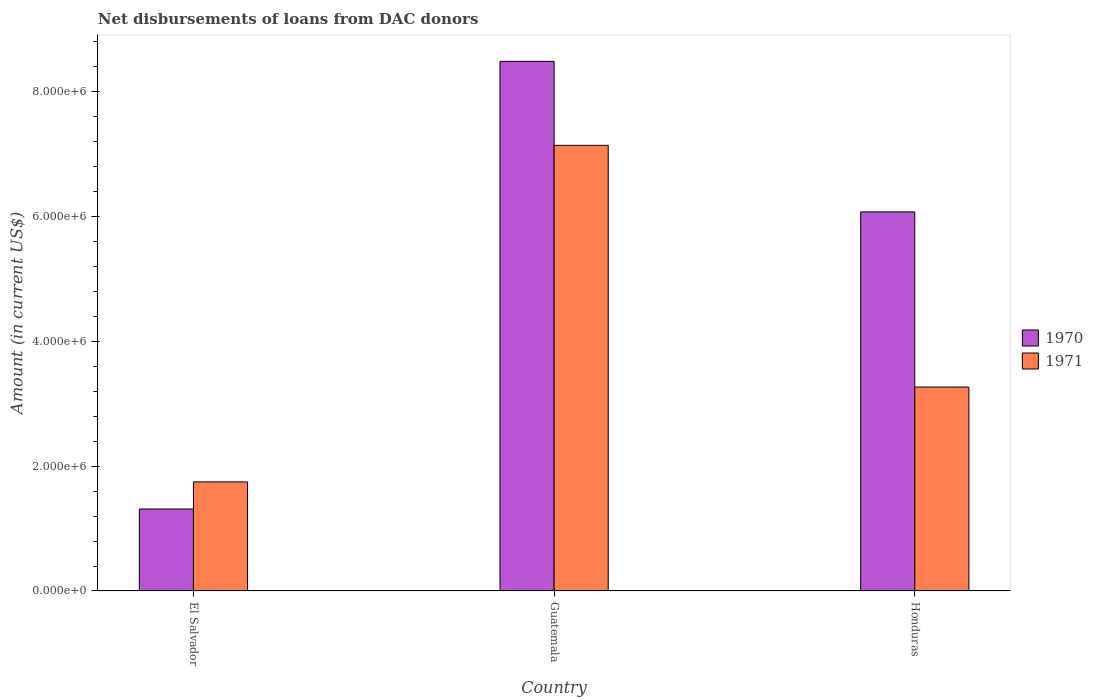
| Country | 1970 | 1971 |
 | --- | --- | --- |
 | El Salvador | 1.31e+06 | 1.75e+06 |
 | Guatemala | 8.48e+06 | 7.14e+06 |
 | Honduras | 6.07e+06 | 3.27e+06 |